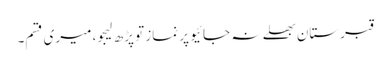
قبرستان بھلے نہ جائیو پر نماز تو پڑھ لیجو، میری قسم۔